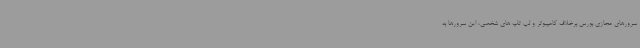
سرورهای مجازی بورس برخلاف کامپیوتر و لپ تاپ های شخصی، این سرورها به